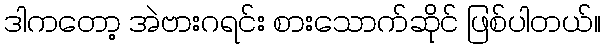
ဒါကတော့ အဲဗားဂရင်း စားသောက်ဆိုင် ဖြစ်ပါတယ်။